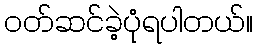
ဝတ်ဆင်ခဲ့ပုံရပါတယ်။